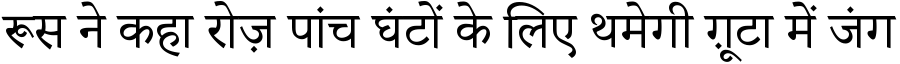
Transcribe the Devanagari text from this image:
रूस ने कहा रोज़ पांच घंटों के लिए थमेगी ग़ूटा में जंग